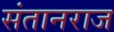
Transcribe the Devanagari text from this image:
संतानराज